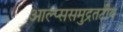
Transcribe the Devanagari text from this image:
आल्प्ससमुद्रतटीय